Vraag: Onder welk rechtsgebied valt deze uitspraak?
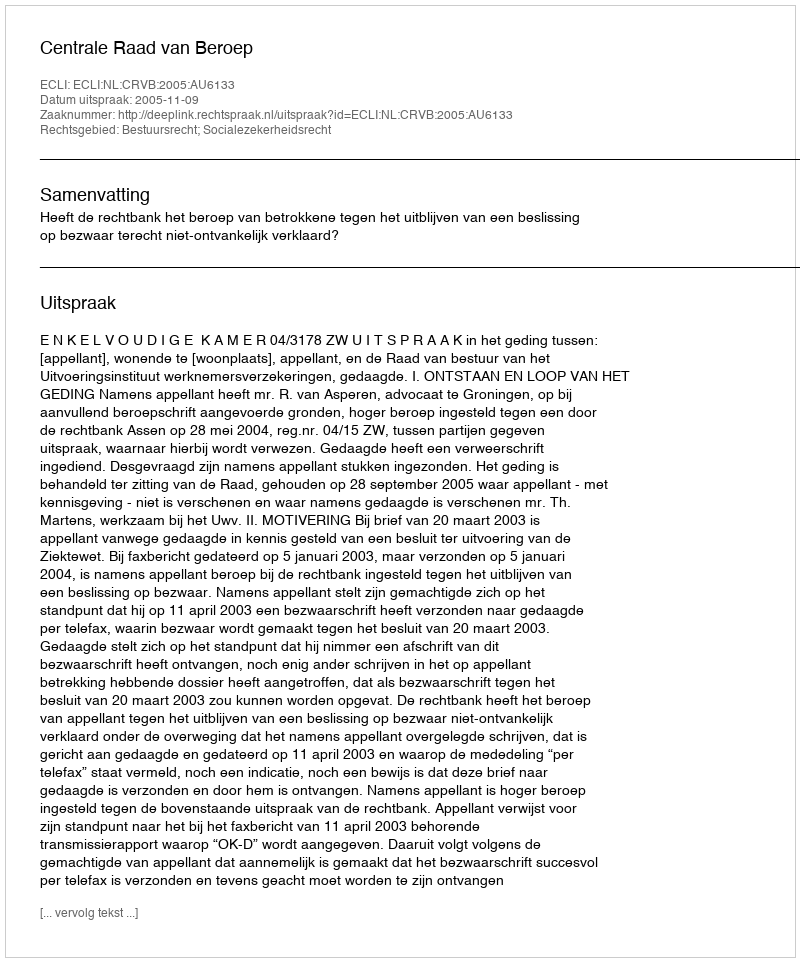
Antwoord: Bestuursrecht; Socialezekerheidsrecht